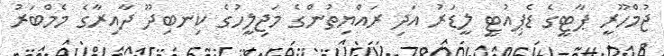
ޖުމްހޫރީ ޕާޓީގެ ޑެޕިއުޓީ ލީޑަރު އަދި ރައްޔިތުންގެ މަޖިލީހުގެ ކިނބިދޫ ދާއިރާގެ މެމްބަރު